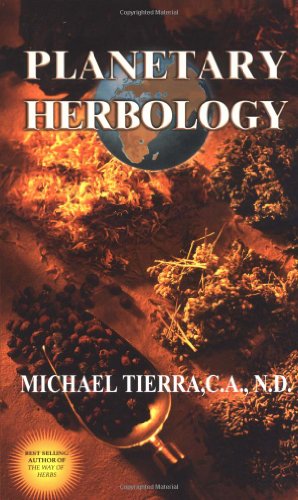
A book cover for Planetary Herbology: An Integration of Western Herbs into the Traditional Chinese and Ayurvedis Systems; Michael Tierra; Health, Fitness & Dieting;